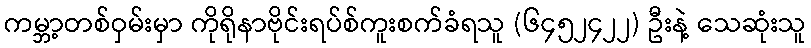
ကမ္ဘာ့တစ်ဝှမ်းမှာ ကိုရိုနာဗိုင်းရပ်စ်ကူးစက်ခံရသူ (၆၄၅၂၄၂၂) ဦးနဲ့ သေဆုံးသူ